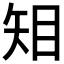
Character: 𥎶